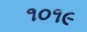
૧૦૧૯